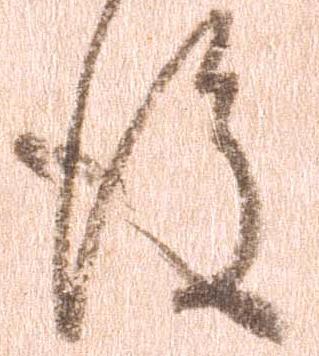
後